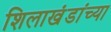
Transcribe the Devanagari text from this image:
शिलाखंडांच्या